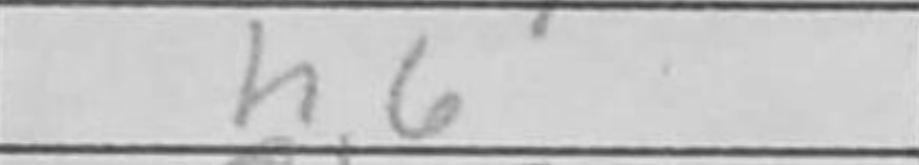
Transcription: h6